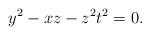
LaTeX: \begin{align*}y^2-xz-z^2t^2=0.\end{align*}